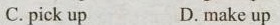
C. pick up D. make up